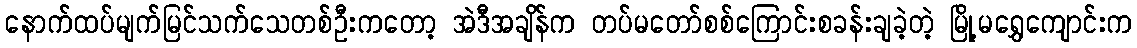
နောက်ထပ်မျက်မြင်သက်သေတစ်ဦးကတော့ အဲဒီအချိန်က တပ်မတော်စစ်ကြောင်းစခန်းချခဲ့တဲ့ မြို့မရွှေကျောင်းက